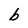
Character: b